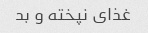
غذای نپخته و بد